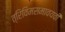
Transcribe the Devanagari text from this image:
त्रिविमसमावयवी